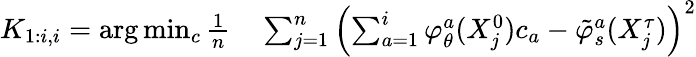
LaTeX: \begin{array}{rl}{K_{1:i,i}=\arg\operatorname*{min}_{c}\frac{1}{n}}&{{}\sum_{j=1}^{n}\left(\sum_{a=1}^{i}\varphi_{\theta}^{a}(X_{j}^{0})c_{a}-\tilde{\varphi}_{s}^{a}(X_{j}^{\tau})\right)^{2}}\end{array}